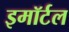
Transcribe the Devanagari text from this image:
इमॉर्टल